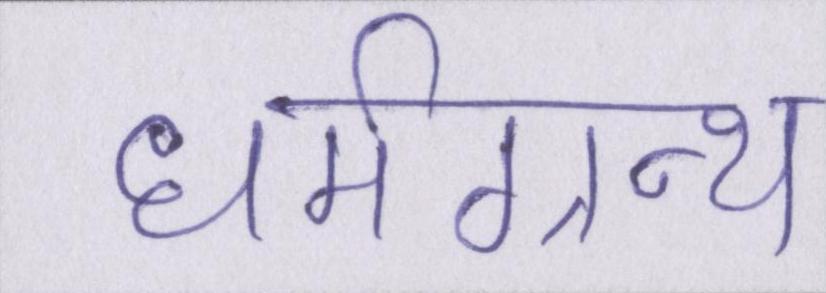
धर्मग्रन्थ